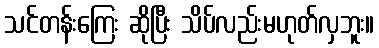
သင်တန်းကြေး ဆိုပြီး သိပ်လည်းမဟုတ်လှဘူး။